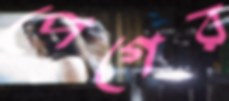
পেগের